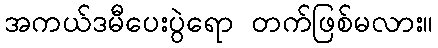
အကယ်ဒမီပေးပွဲရော တက်ဖြစ်မလား။